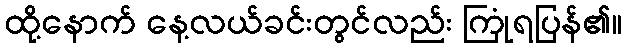
ထို့နောက် နေ့လယ်ခင်းတွင်လည်း ကြုံရပြန်၏။